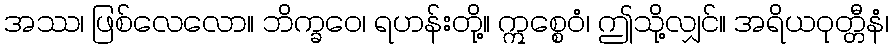
အဿ၊ ဖြစ်လေလော။ ဘိက္ခဝေ၊ ရဟန်းတို့။ ဣစ္စေဝံ၊ ဤသို့လျှင်။ အရိယဝုတ္တီနံ၊